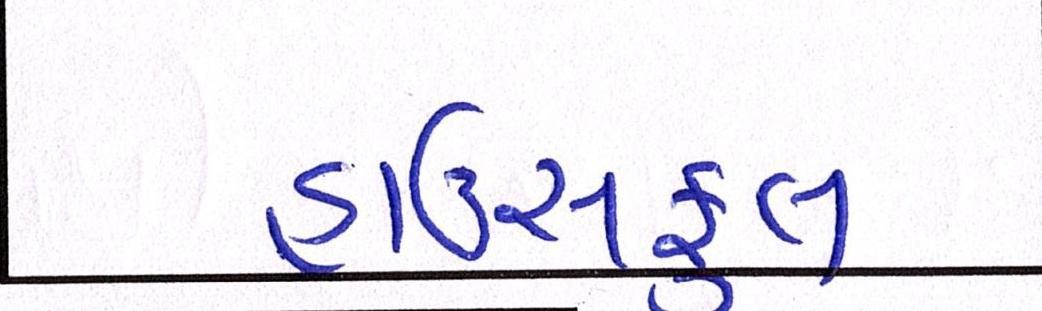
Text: હાઉસફૂલ